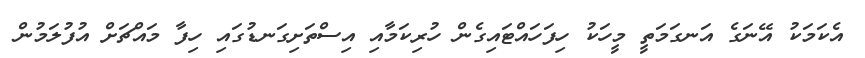
އެކަމަކު އޭނަގެ އަނގަމަތީ މީހަކު ހިފަހައްޓައިގެން ހުރިކަމާއި އިސްތަށިގަނޑުގައި ހިފާ މައްޗަށް އުފުލަމުން